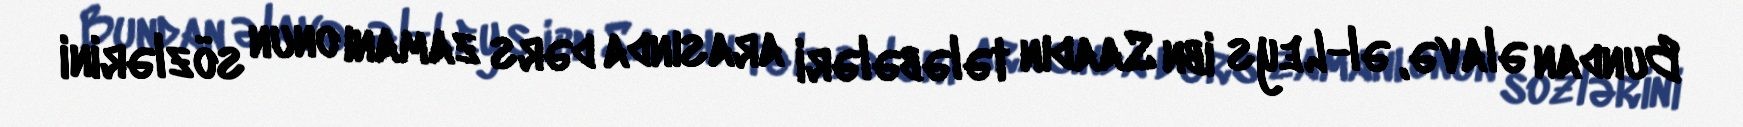
Bundan əlavə, əl-Leys ibn Saadın tələbələri arasında dərs zamanı onun sözlərini